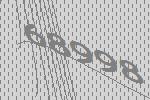
68998